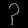
Digit: ၃